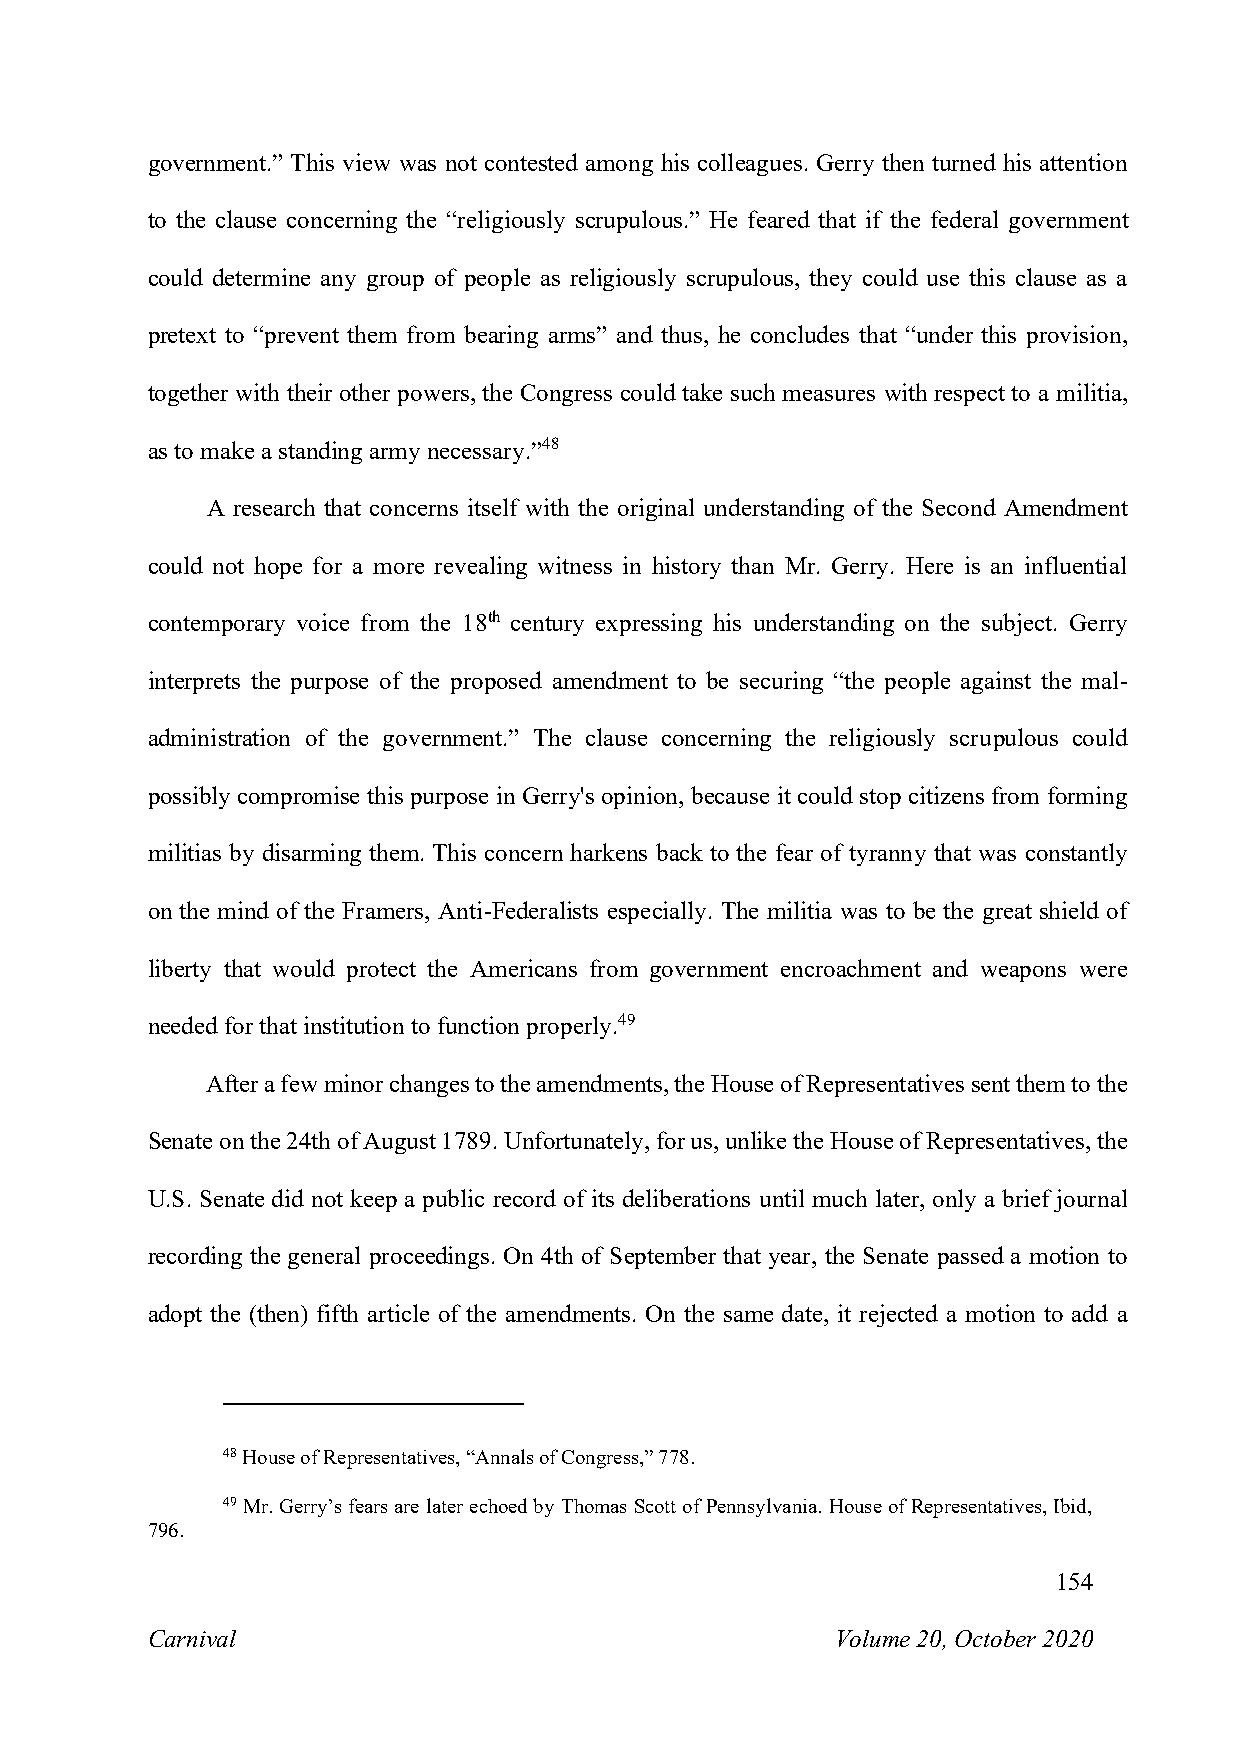
government.” This view was not contested among his colleagues. Gerry then turned his attention
 to the clause concerning the “religiously scrupulous.” He feared that if the federal government
 could determine any group of people as religiously scrupulous, they could use this clause as a
 pretext to “prevent them from bearing arms” and thus, he concludes that “under this provision,
 together with their other powers, the Congress could take such measures with respect to a militia,
 as to make a standing army necessary.”48
 A research that concerns itself with the original understanding of the Second Amendment
 could not hope for a more revealing witness in history than Mr. Gerry. Here is an influential
 contemporary voice from the 18th century expressing his understanding on the subject. Gerry
 interprets the purpose of the proposed amendment to be securing “the people against the mal-
 administration of the government.” The clause concerning the religiously scrupulous could
 possibly compromise this purpose in Gerry's opinion, because it could stop citizens from forming
 militias by disarming them. This concern harkens back to the fear of tyranny that was constantly
 on the mind of the Framers, Anti-Federalists especially. The militia was to be the great shield of
 liberty that would protect the Americans from government encroachment and weapons were
 needed for that institution to function properly.49
 After a few minor changes to the amendments, the House of Representatives sent them to the
 Senate on the 24th of August 1789. Unfortunately, for us, unlike the House of Representatives, the
 U.S. Senate did not keep a public record of its deliberations until much later, only a brief journal
 recording the general proceedings. On 4th of September that year, the Senate passed a motion to
 adopt the (then) fifth article of the amendments. On the same date, it rejected a motion to add a
 48 House of Representatives, “Annals of Congress,” 778.
 49 Mr. Gerry’s fears are later echoed by Thomas Scott of Pennsylvania. House of Representatives, Ibid,
 796.
 154
 Carnival                                     Volume 20, October 2020